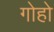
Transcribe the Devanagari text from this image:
गोहो